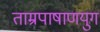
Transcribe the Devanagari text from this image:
ताम्रपाषाणयुग